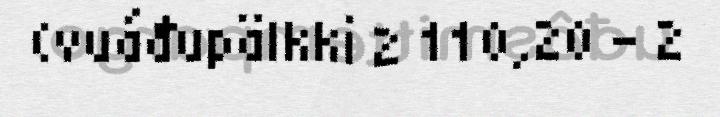
(vuáđupälkki 2 110,20 – 2